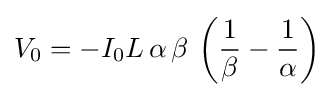
V_{0}=-I_{0}L\,\alpha \,\beta \,\left({\frac {1}{\beta }}-{\frac {1}{\alpha }}\right)